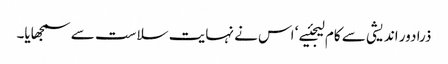
ذرا دور اندیشی سے کام لیجئیے ‘ اس نے نہایت سلاست سے سمجھایا۔